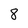
Character: 8